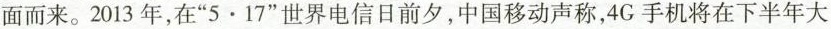
面而来。2013年，在”5·17”世界电信日前夕，中国移动声称，4G手机将在下半年大